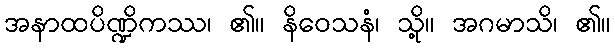
အနာထပိဏ္ဍိကဿ၊ ၏။ နိဝေသနံ၊ သို့။ အဂမာသိ၊ ၏။